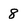
Character: 8